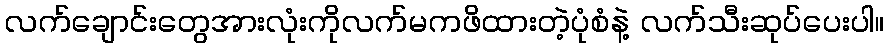
လက်ချောင်းတွေအားလုံးကိုလက်မကဖိထားတဲ့ပုံစံနဲ့ လက်သီးဆုပ်ပေးပါ။